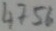
Text: 4756